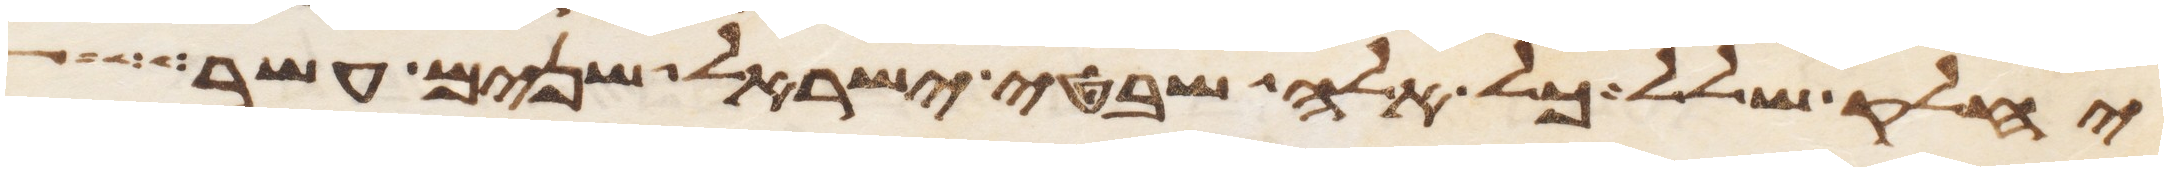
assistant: יחלק שלל כל אלה שבטי ישראל שנים עשר